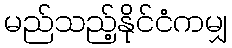
မည်သည့်နိုင်ငံကမျှ